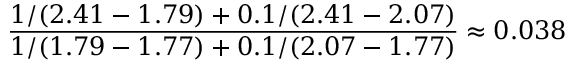
\frac { 1 / ( 2 . 4 1 - 1 . 7 9 ) + 0 . 1 / ( 2 . 4 1 - 2 . 0 7 ) } { 1 / ( 1 . 7 9 - 1 . 7 7 ) + 0 . 1 / ( 2 . 0 7 - 1 . 7 7 ) } \approx 0 . 0 3 8